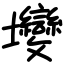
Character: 𡔖